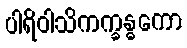
ပါရိဝါသိကက္ခန္ဓကော